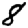
Digit: 8